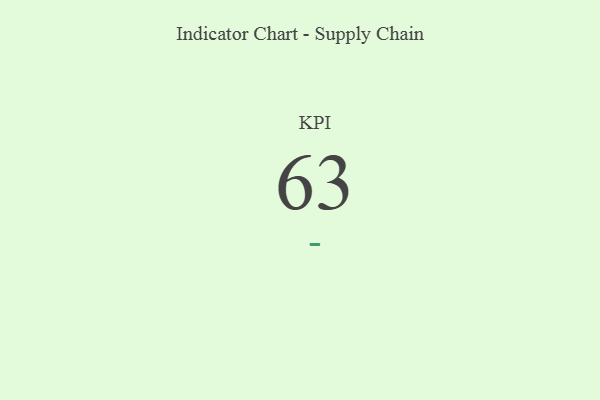
{"axis": {"x": "KPI", "y": "Value"}, "legend": [""], "data": [{"x": "KPI", "y": 63, "type": ""}]}